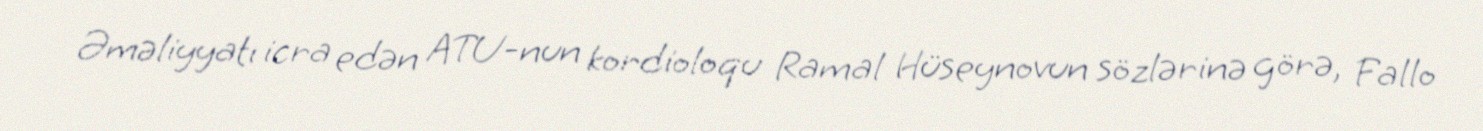
Əməliyyatı icra edən ATU-nun kordioloqu Ramal Hüseynovun sözlərinə görə, Fallo